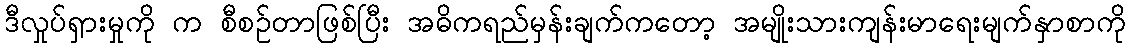
ဒီလှုပ်ရှားမှုကို က စီစဉ်တာဖြစ်ပြီး အဓိကရည်မှန်းချက်ကတော့ အမျိုးသားကျန်းမာရေးမျက်နှာစာကို